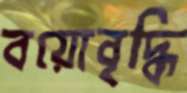
বয়োবৃদ্ধি